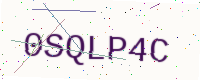
Text: 0SQLP4C